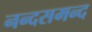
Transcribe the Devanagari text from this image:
नन्‍दसमन्‍द